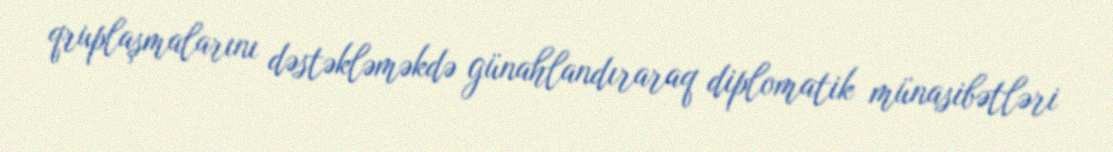
qruplaşmalarını dəstəkləməkdə günahlandıraraq diplomatik münasibətləri